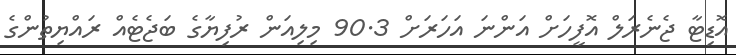
އޮޑިޓާ ޖެނެރަލް އޮފީހަށް އަންނަ އަހަރަށް 90.3 މިލިއަން ރުފިޔާގެ ބަޖެޓެއް ރައްޔިތުންގެ